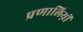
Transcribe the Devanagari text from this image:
प्रणालिय़ों